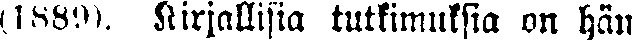
(1889). Kirjallisia tutkimuksia on hän